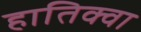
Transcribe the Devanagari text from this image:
हातिक्वा